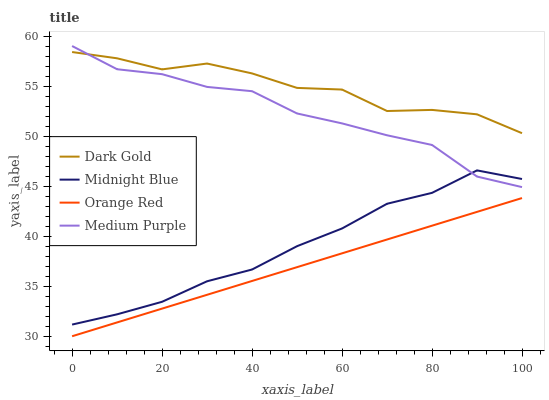
| xaxis_label | Dark Gold | Midnight Blue | Orange Red | Medium Purple |
 | --- | --- | --- | --- | --- |
 | 0 | 58.4 | 31.2 | 30 | 59 |
 | 10 | 57.8 | 32.2 | 31.4 | 56.7 |
 | 20 | 56.7 | 33.4 | 32.8 | 56.2 |
 | 30 | 57.2 | 35.5 | 34.1 | 54.9 |
 | 40 | 56.3 | 36.7 | 35.5 | 54.5 |
 | 50 | 54.8 | 39 | 36.9 | 52.3 |
 | 60 | 54.6 | 40.8 | 38.3 | 51.3 |
 | 70 | 52.5 | 43.2 | 39.7 | 50.1 |
 | 80 | 52.6 | 44.3 | 41 | 49.1 |
 | 90 | 52.2 | 46.6 | 42.4 | 46 |
 | 100 | 50.3 | 45.7 | 43.8 | 44.9 |